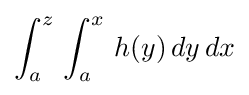
\int _{a}^{z}\,\int _{a}^{x}\,h(y)\,dy\,dx